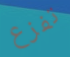
تفزع